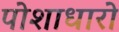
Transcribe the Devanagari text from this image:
पोशाधारो